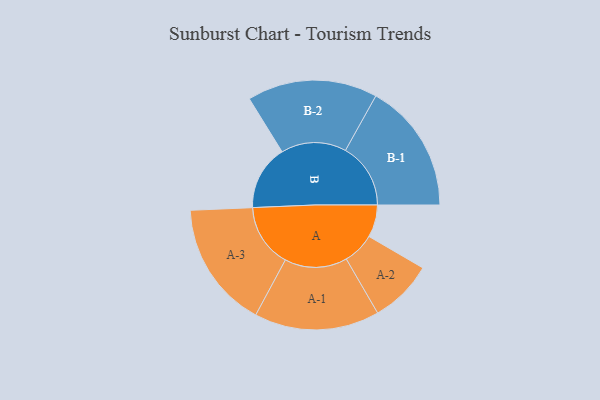
{"axis": {"x": "Segment", "y": "Value"}, "legend": ["", "A", "B"], "data": [{"x": "A", "y": 149, "type": ""}, {"x": "B", "y": 299, "type": ""}, {"x": "A-1", "y": 288, "type": "A"}, {"x": "A-2", "y": 146, "type": "A"}, {"x": "A-3", "y": 292, "type": "A"}, {"x": "B-1", "y": 300, "type": "B"}, {"x": "B-2", "y": 300, "type": "B"}]}